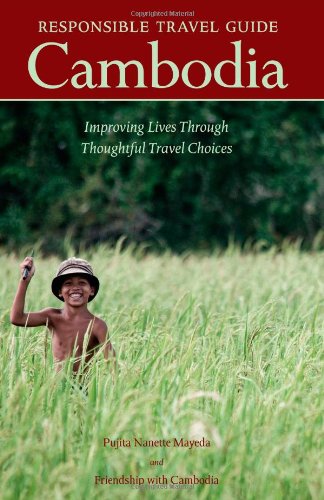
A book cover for Responsible Travel Guide Cambodia; Pujita Nanette Mayeda; Travel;